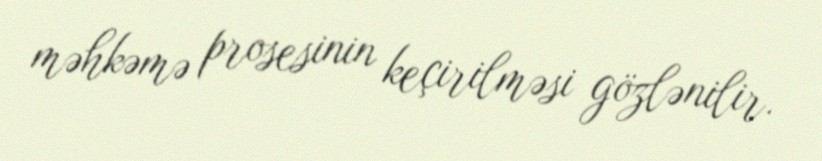
məhkəmə prosesinin keçirilməsi gözlənilir.